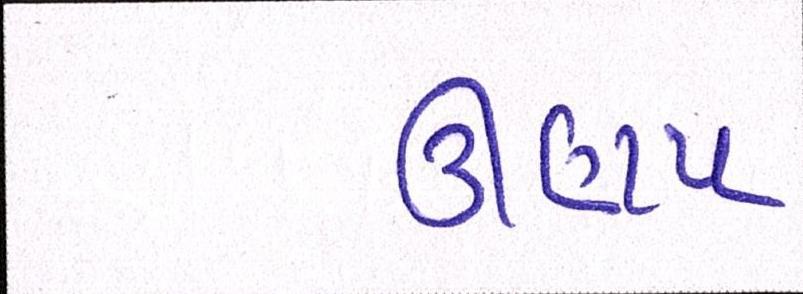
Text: ઊણપ